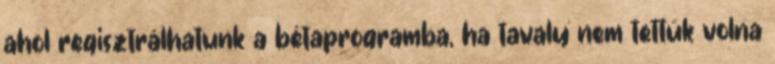
ahol regisztrálhatunk a bétaprogramba, ha tavaly nem tettük volna